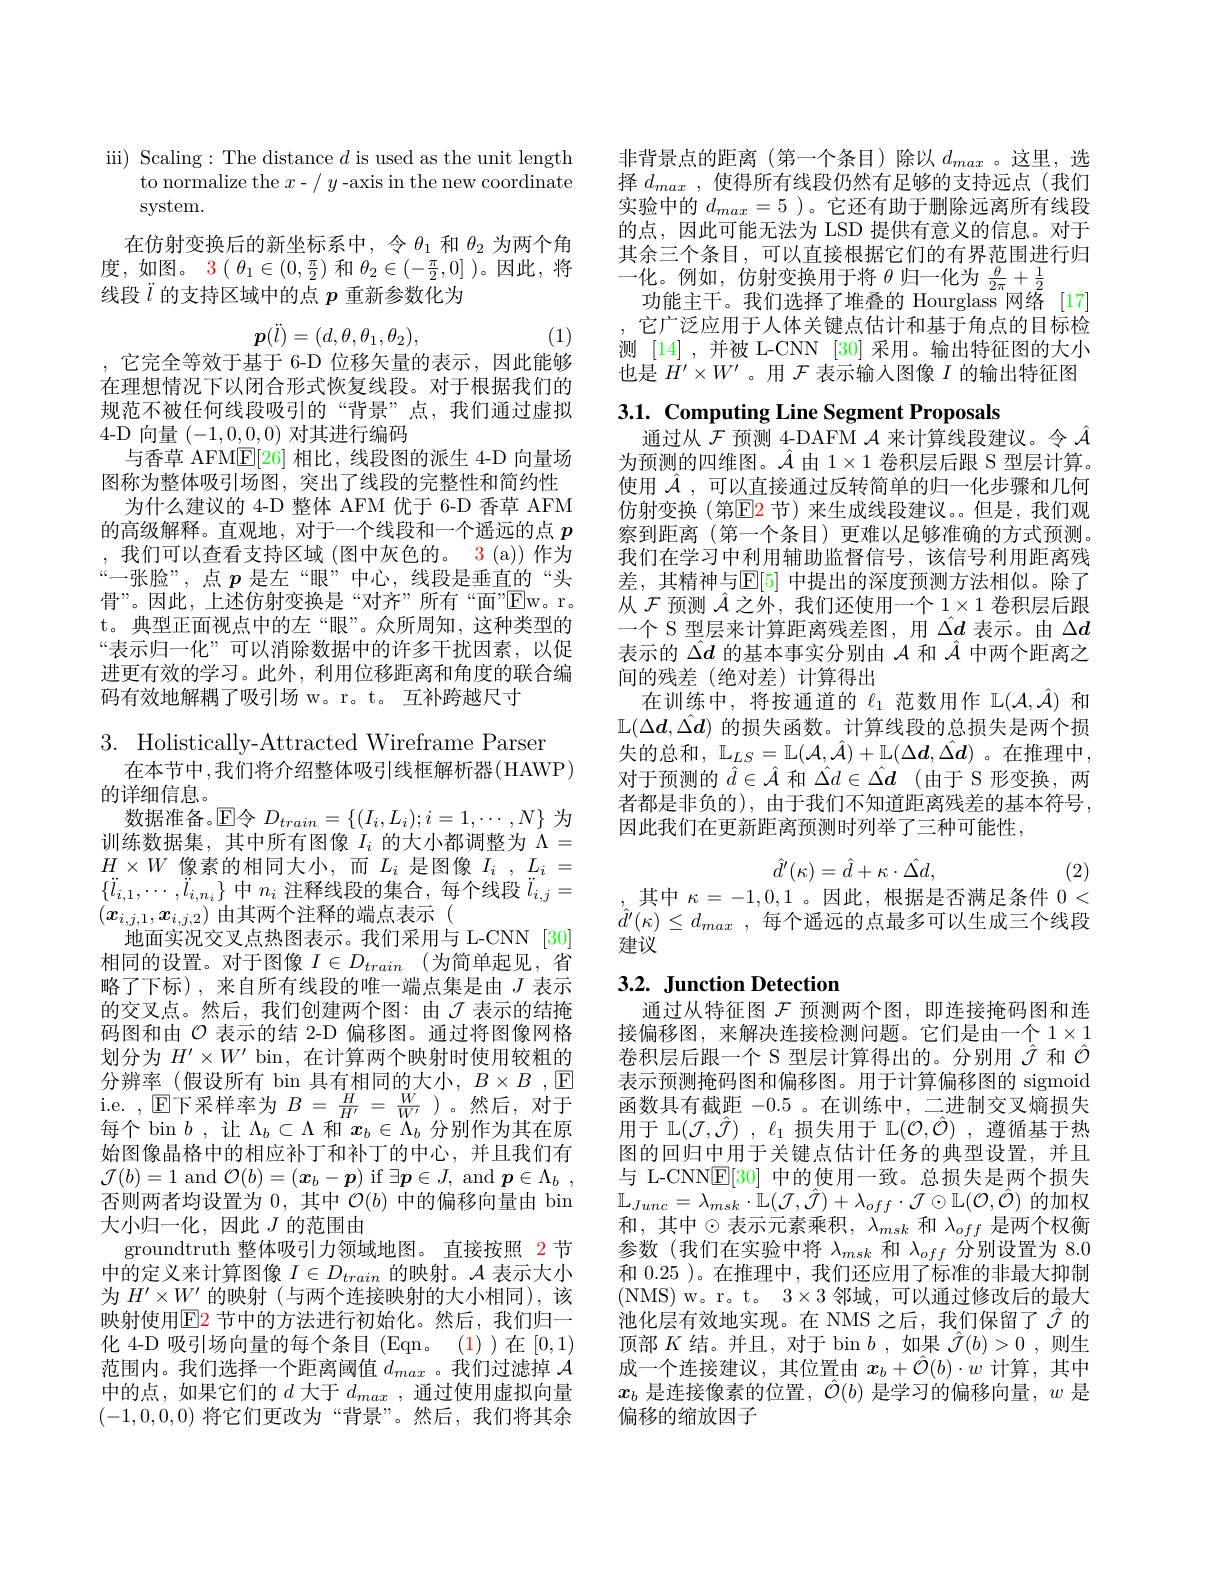
iii) Scaling: The distance $d$ is used as the unit length
to normalize the $x-/y$-axis in the new coordinate
system.
在仿射变换后的新坐标系中，令$\theta_1$和$\theta_2$为两个角度，如图。$3(\theta_1\in(0,\frac\pi2)$和$\theta_2\in(-\frac\pi2,0]$ )。因此，将线段$\ddot{l}$的支持区域中的点$p$重新参数化为
$$\boldsymbol{p}(\ddot{l})=(d,\theta,\theta_1,\theta_2),$$
(1)

,它完全等效于基于 6-D 位移矢量的表示，因此能够在理想情况下以闭合形式恢复线段。对于根据我们的规范不被任何线段吸引的“背景”点，我们通过虚拟4-D 向量$(-1,0,\underline{0},0)$对其进行编码
与香草 AFM$\mathbb{E}[26]$相比，线段图的派生 4-D 向量场图称为整体吸引场图，突出了线段的完整性和简约性
为什么建议的 4-D 整体 AFM 优于 6-D 香草 AFM 的高级解释。直观地，对于一个线段和一个遥远的点$p$ ,我们可以查看支持区域 (图中灰色的。3 (a)) 作为“一张脸”,点$p$是左“眼”中心，线段是垂直的“头骨”。因此，上述仿射变换是“对齐”所有“面”$\overline{\mathrm{Ew}}$。r。t。典型正面视点中的左“眼”。众所周知，这种类型的“表示归一化”可以消除数据中的许多干扰因素，以促进更有效的学习。此外，利用位移距离和角度的联合编码有效地解耦了吸引场 w。r。t。互补跨越尺寸

3. Holistically-Attracted Wireframe Parser
在本节中，我们将介绍整体吸引线框解析器(HAWP)
的详细信息。
数据准备。$\operatorname{E}$令 $D_train=\{(I_i,L_i);i=1,\cdots,N\}$ 为训练数据集，其中所有图像$I_i$的大小都调整为$\Lambda=$ $H\times W$像素的相同大小，而$L_i$ 是图像$I_i,L_i=$ $\{\ddot{l}_{i,1},\cdots,\ddot{l}_{i,n_i}\}$中$n_i$注释线段的集合，每个线段$\ddot{l}_i,j=$ $(x_{i,j,1},x_{i,j,2})$由其两个注释的端点表示(
地面实况交叉点热图表示。我们采用与 L-CNN [30] 相同的设置。对于图像 $I\in D_{train}$ (为简单起见，省略了下标),来自所有线段的唯一端点集是由$J$表示的交叉点。然后，我们创建两个图：由$\mathcal{J}$表示的结掩码图和由$\mathcal{O}$表示的结 2-D 偏移图。通过将图像网格划分为$H^{\prime}\times W^{\prime}$ bin, 在计算两个映射时使用较粗的分辨率(假设所有 bin 具有相同的大小，$B\times B$ ,$\mathbb{E}$ i.e. , E下采样率为$B=\frac H{H^{\prime}}=\frac W{W^{\prime}}$ )。然后，对于每个 bin $b$ , 让$\Lambda_b\subset\Lambda$和$x_b\in\Lambda_b$分别作为其在原始图像晶格中的相应补丁和补丁的中心，并且我们有$\mathcal{J}(b)=1$ and $\mathcal{O}(b)=(\boldsymbol{x}_b-\boldsymbol{p})$ if $\exists\boldsymbol{p}\in J$, and $\boldsymbol{p}\in\Lambda_b$, 否则两者均设置为0，其中$\mathcal{O}(b)$中的偏移向量由 bin 大小归一化，因此$J$的范围由
groundtruth 整体吸引力领域地图。直接按照 2 节中的定义来计算图像$I\in D_train$的映射。$\mathcal{A}$表示大小为$H^{\prime}\times W^{\prime}$的映射(与两个连接映射的大小相同),该映射使用$\color{red}{\mathrm{E}}\color{blue}{\mathrm{2}}$节中的方法进行初始化。然后，我们归一化 4-D 吸引场向量的每个条目(Eqn。(1))在[0,1) 范围内。我们选择一个距离阈值$d_{max}$ 。我们过滤掉$\mathcal{A}$ 中的点，如果它们的$d$大于$d_max$ ,通过使用虚拟向量(-1,0,0,0,0)将它们更改为“背景”。然后，我们将其余

非背景点的距离(第一个条目)除以$d_{max}$。这里，选择$d_{max}$,使得所有线段仍然有足够的支持远点(我们实验中的$d_{max}=5$ )。它还有助于删除远离所有线段的点，因此可能无法为 LSD 提供有意义的信息。对于其余三个条目，可以直接根据它们的有界范围进行归一化。例如，仿射变换用于将$\theta$归一化为$\frac\theta{2\pi}+\frac12$
功能主干。我们选择了堆叠的 Hourglass 网络 [17] ,它广泛应用于人体关键点估计和基于角点的目标检测 [14] ,并被 L-CNN [30] 采用。输出特征图的大小也是$H^\prime\times W^{\prime}$。用$\mathcal{F}$表示输入图像$I$的输出特征图

3.1. Computing Line Segment Proposals
通过从$\hat{\mathcal{F}}$预测 4-DAFM $\mathcal{A}$来计算线段建议。令$\hat{\mathcal{A}}$

为预测的四维图。$\hat{\mathcal{A}}$由 1$\times1$卷积层后跟 S 型层计算。使用$\hat{\mathcal{A}}$,可以直接通过反转简单的归一化步骤和几何仿射变换(第$\color{red}{\mathrm{E}}\color{red}{\mathrm{2}}$节)来生成线段建议。但是，我们观察到距离(第一个条目)更难以足够准确的方式预测。我们在学习中利用辅助监督信号，该信号利用距离残差，其精神与$\mathbb{E}[5]$ 中提出的深度预测方法相似。除了从$\mathcal{F}$预测$\hat{A}$之外，我们还使用一个$1\times1$卷积层后跟一个 S 型层来计算距离残差图，用$\hat{\Delta d}$表示。由$\Delta d$ 表示的$\hat{\Delta d}$的基本事实分别由$\mathcal{A}$和$\hat{\mathcal{A}}$中两个距离之间的残差(绝对差)计算得出
在训练中，将按通道的$\ell_1$范数用作$\mathcal{L}(\mathcal{A},\hat{\mathcal{A}})$和$\mathbb{L}(\Delta\boldsymbol{d},\hat{\Delta\boldsymbol{d}})$的损失函数。计算线段的总损失是两个损${\text{失 的 总 和 }, }$ ${\mathcal{L} }_{LS}= {\mathcal{L} }( {\mathcal{A} }, {\hat{\mathcal{A} } }) + {\mathcal{L} }( \Delta {\boldsymbol{d}}, {\hat {\Delta \boldsymbol{d}}})$。在推理中， 对于预测的$\hat{d}\in\hat{\mathcal{A}}$和$\hat{\Delta d}\in\hat{\Delta\boldsymbol{d}}$ (由于 S 形变换，两者都是非负的), 由于我们不知道距离残差的基本符号， 因此我们在更新距离预测时列举了三种可能性，
$$\hat{d}'(\kappa)=\hat{d}+\kappa\cdot\hat{\Delta d},$$
(2)
,其中$\kappa=-1,0,1$ 。因此，根据是否满足条件0<

$\hat{d}^{\prime}(\kappa)\leq d_{max}$,每个遥远的点最多可以生成三个线段
建议

# 3.2. Junction Detection 通过从特征图$\mathcal{F}$预测两个图，即连接掩码图和连

接偏移图，来解决连接检测问题。它们是由一个$1\times1$ 卷积层后跟一个 S 型层计算得出的。分别用$\hat{\mathcal{J}}$和$\hat{\mathcal{O}}$ 表示预测掩码图和偏移图。用于计算偏移图的 sigmoid 函数具有截距-0.5 。在训练中，二进制交叉熵损失用于 L$( \mathcal{J} , \hat{\mathcal{J} } )$ , $\ell _1$损失用于 L$( \mathcal{O} , \hat{\mathcal{O} } )$ ,遵循基于热图的回归中用于关键点估计任务的典型设置，并且与 L-CNNE[30] 中的使用一致。总损失是两个损失$\mathbb{L}_{Junc}=\lambda_{msk}\cdot\mathbb{L}(\mathcal{J},\hat{\mathcal{J}})+\lambda_{off}\cdot\mathcal{J}\odot\mathbb{L}(\mathcal{O},\hat{\mathcal{O}})$的加权和，其中$\odot$表示元素乘积$,\lambda_msk$ 和 $\lambda_off$ 是两个权衡参数(我们在实验中将$\lambda_msk$和$\lambda_off$分别设置为 8.0和0.25 )。在推理中，我们还应用了标准的非最大抑制(NMS) w。r。t。$3\times3$邻域，可以通过修改后的最大池化层有效地实现。在 NMS 之后，我们保留了$\hat{J}$ 的顶部$K$结。并且，对于 bin $b$ ,如果$\hat{\mathcal{T}}(b)>0$则生成一个连接建议，其位置由$\boldsymbol x_b+\hat{\mathcal{O}}(b)\cdot w$计算，其中$x_b$是连接像素的位置，$\hat{\mathcal{O}}(b)$是学习的偏移向量，$w$是偏移的缩放因子